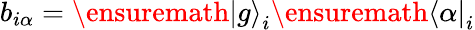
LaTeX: b_{i\alpha}=\ensuremath{|g\rangle}_{i}\ensuremath{\langle\alpha|}_{i}